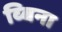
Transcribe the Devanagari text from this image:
व्बिना